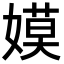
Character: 嫫